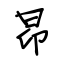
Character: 昂